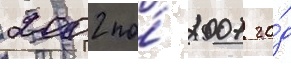
2002 по́ 2007 го́д